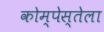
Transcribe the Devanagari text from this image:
कोम्पेस्तेला